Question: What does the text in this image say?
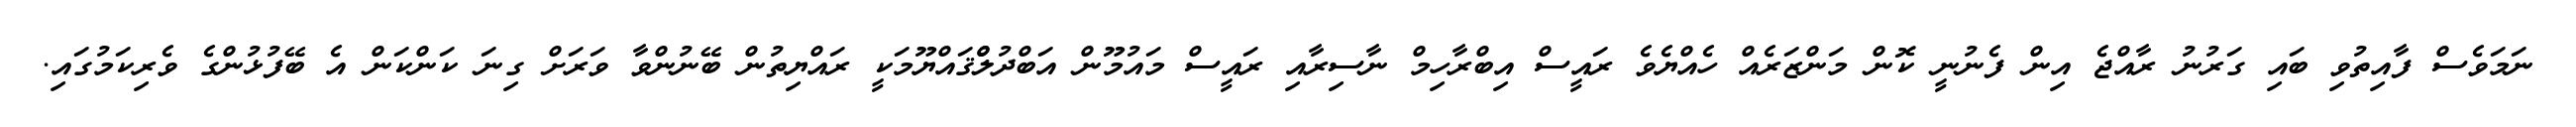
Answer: ނަމަވެސް ފާއިތުވި ބައި ގަރުނު ރާއްޖެ އިން ފެނުނީ ކޮން މަންޒަރެއް ހެއްޔެވެ ރައީސް އިބްރާހިމް ނާސިރާއި ރައީސް މައުމޫން އަބްދުލްްޤައްޔޫމަކީ ރައްޔިތުން ބޭނުންވާ ވަރަށް ގިނަ ކަންކަން އެ ބޭފުޅުންގެ ވެރިކަމުގައި.